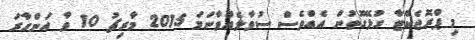
މި ޕްރޮޖެކްޓާ ގުޅޭގޮތުން އެއްވެސް ސުވާލެއްވާނަމަ 2015 މާރިޗު 10 ވާ އަންގާރަ